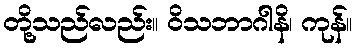
တို့သည်လည်း။ ဝိသဘာဂါနိ၊ ကုန်။